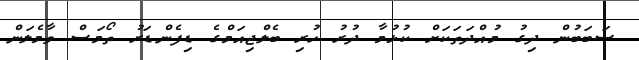
ސަބަބުން ދިގު މުއްދަަތަކަށް ކުޅުމާ ދުރު ހުރި ބެލްޖިއަމްގެ ޑިފެންޑަރު ތޯމަސް ވާމެލަން